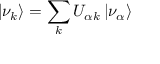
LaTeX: | \nu _ { k } \rangle = \sum _ { k } U _ { \alpha k } \, | \nu _ { \alpha } \rangle